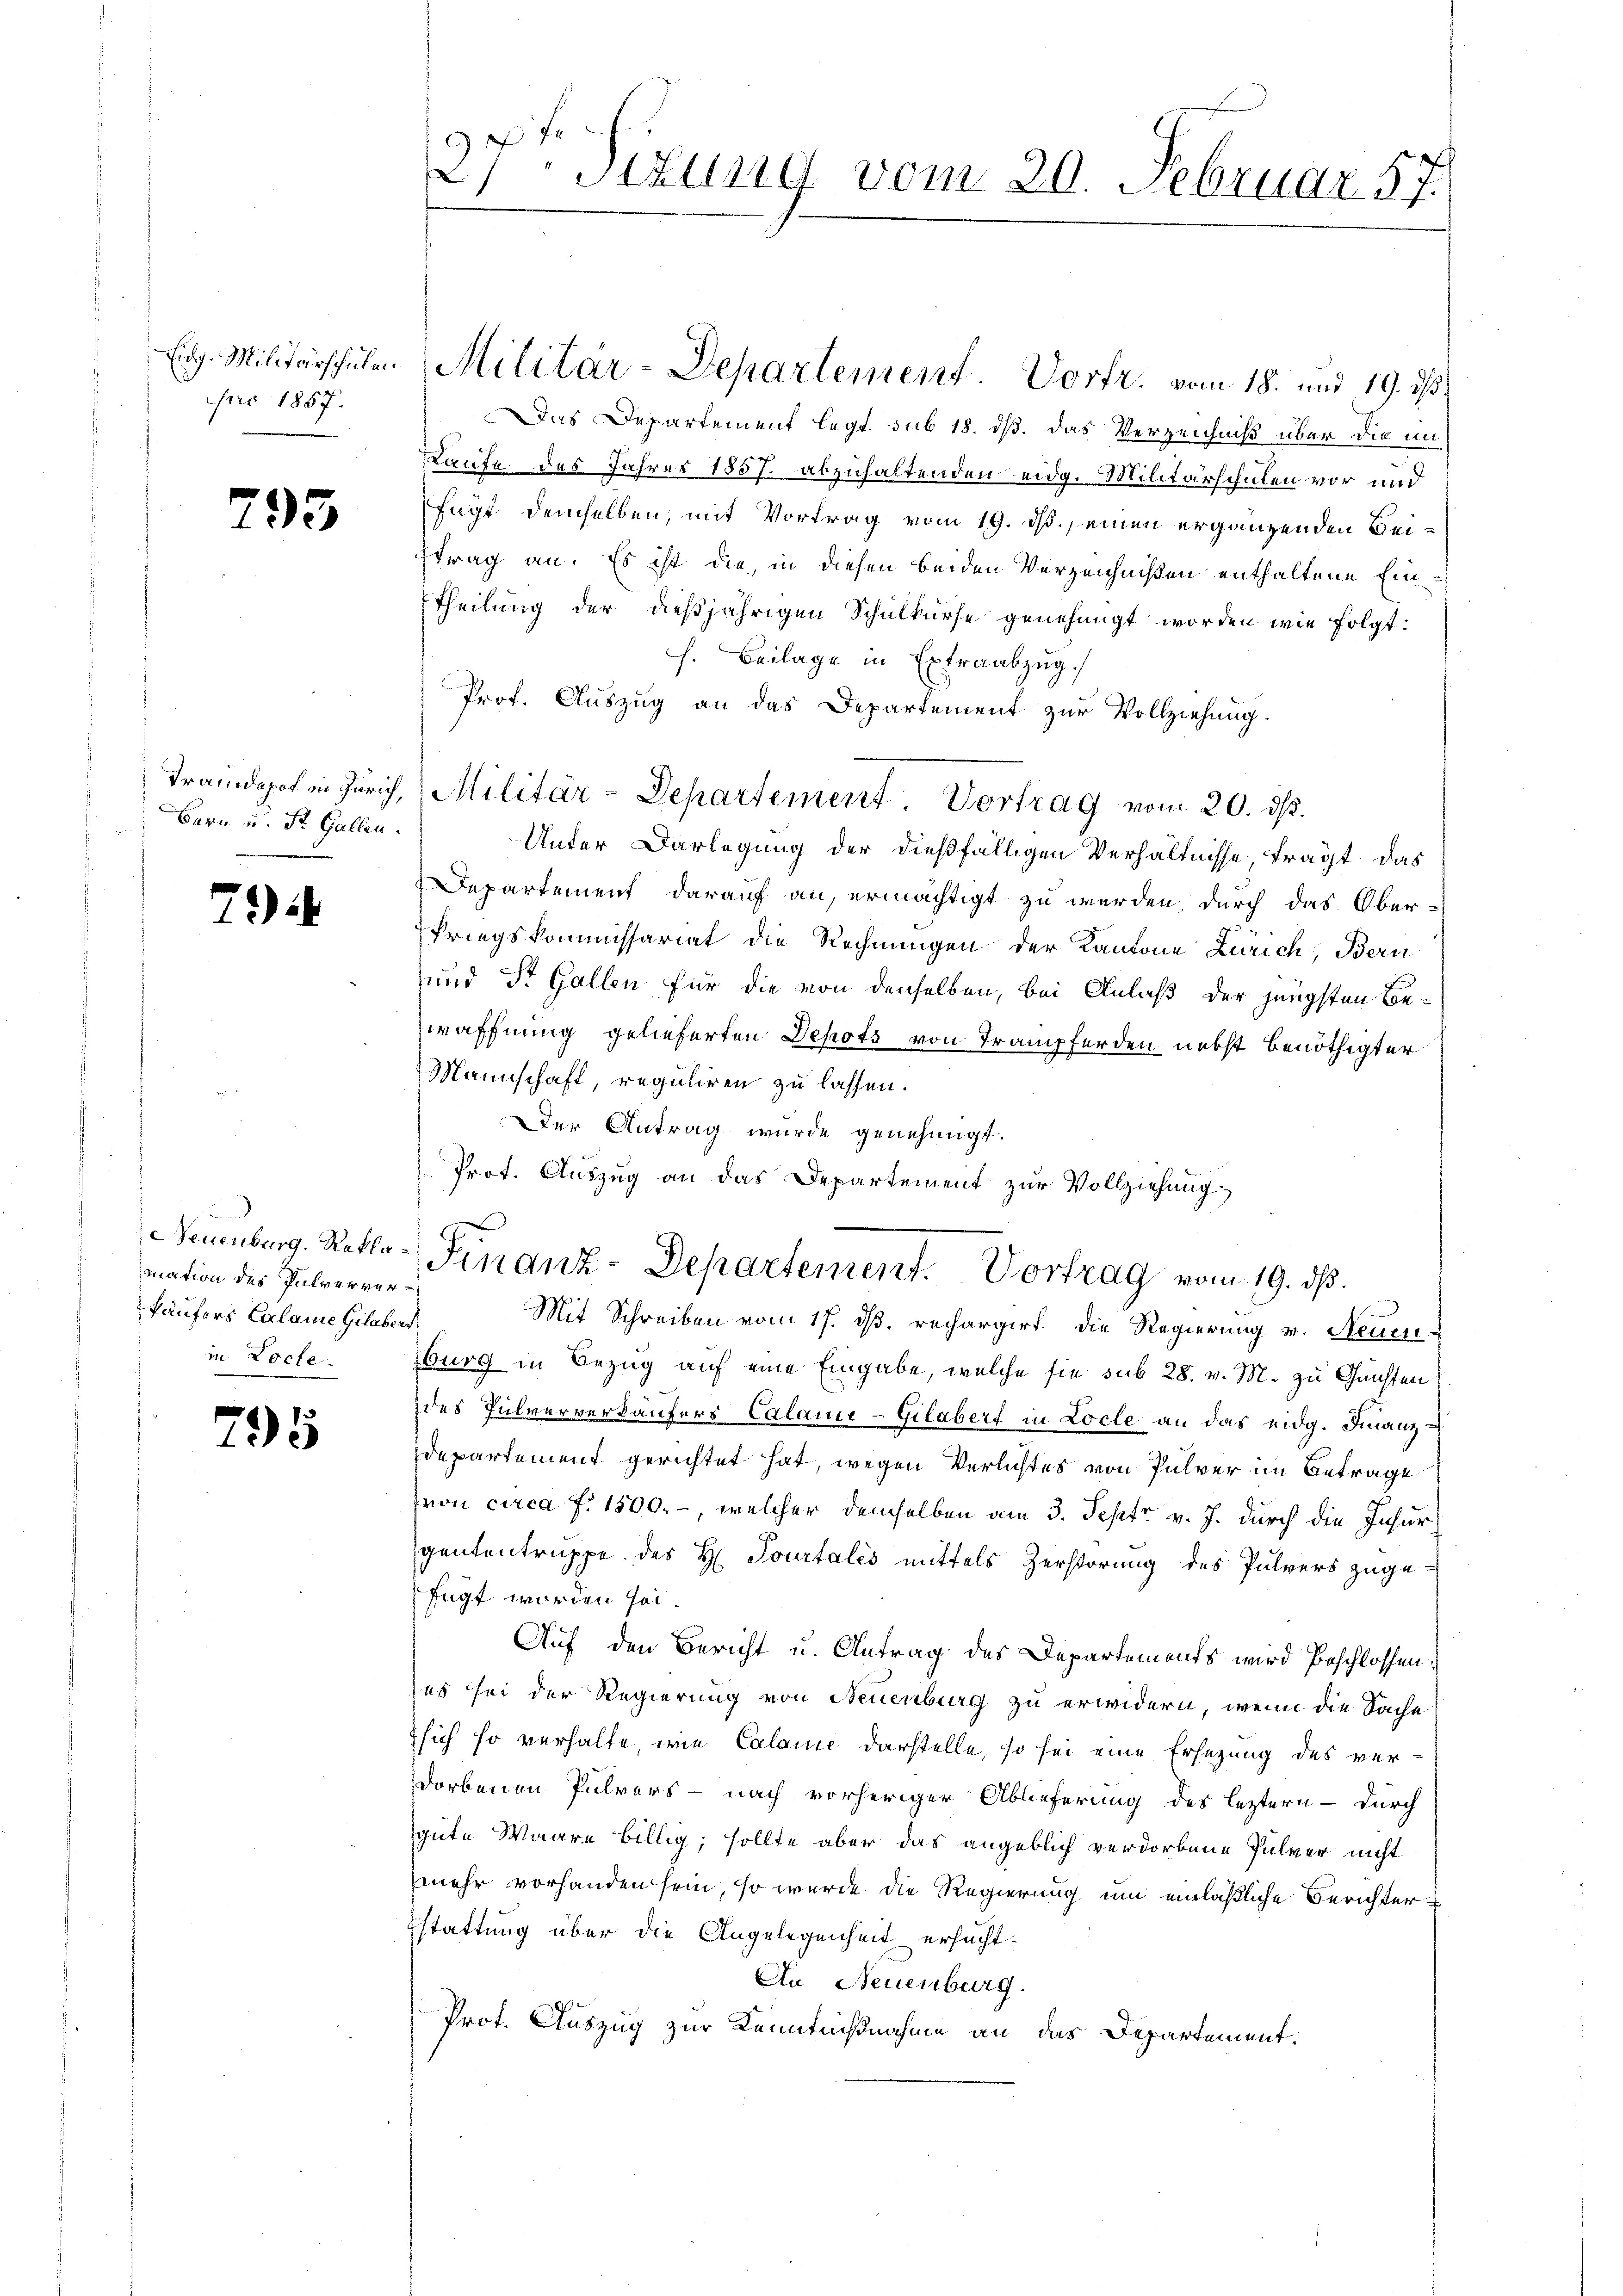
Eidg. Militärschulen
pro 1857.

795

Traindepot in Zürich,
Bern u. St. Gallen.

7

Neuenburg, Reklamnation des Pulververkäufers Calame Gilabert
in Loche

295

27ten Sizung vom 20. Februar 57.

Militär-Departement. Vorfr. vom 18. und 19. ds
Das Departement legt sub 18. ds. das Verzeichniß über die in
Kaufe des Jahrer 1857 abzuhaltenden eidg. Militärschulen vor und
fügt demselben, mit Vortrag vom 19. ds., einen ergänzenden Beiftrag an. Es ist die, in diesen beiden Verzeichnißen enthaltene Ein¬
Theilung der dießjährigen Schulkurse genehmigt worden wie folgt:
h. Beilage in Extraabzug.
Prof. Auszug an das Departement zur Vollziehung.
Militär-Departement. Vortrag vom 20. ds.
Unter Darlegung der dießfälligen Verhältnisse fragt das
Departement darauf an, ermächtigt zu werden, durch das Ober-
Kriegskommissariat die Rechnungen der Kantone Zürich, Bern
und St. Gallen, für die von denselben, bei Anlaß der jüngsten Bewaffnung gelieferten Depots von Trampferden nebst benöthigter
Mannschaft, reguliren zu lassen.
Der Antrag wurde genehmigt.
Prot. Auszug an das Departement zur Vollziehung

Finanz-Departement. Vortrag vom 19. ds.

Mit Schreiben vom 17. d. rechargirt die Regierung v. Neuen-
burg in Bezug auf eine Eingabe, welche sie sub 28. v. M. zu Gunsten
des Pulververkäufers Calamie-Gilaber in Locle an das eidg. Finanzdepartement gerichtet hat, wegen Verlichtes von Pulver im Betrage
von circa f. 1800.-, welcher demselben am 3. Sept. v. J. durch die Insur
gententruppe des H. Tourtales mittels Zerstörung des Pulvers zuge-
fügt worden sol
Auf den Bericht u. Antrag des Departemonts wird beschlossen:
es sei der Regierung von Neuenburg zu erwidern, wenn die Sache
 sich so verhalte, wie Calamie darstelle, so sei eine Ersezung des ver-
dorbenen Pulvers - nach vorheriger Ablieferung des leztern – durch
gute Waare billig, sollte aber das angeblich verdorbene Pulver nicht
mehr vorhanden sein, so wurde die Regierung um einläßliche Berichter
stattung über die Angelegenheit ersucht
An Neuenburg.
Prot. Auszug zur Kenntnißnahme an das Departement.